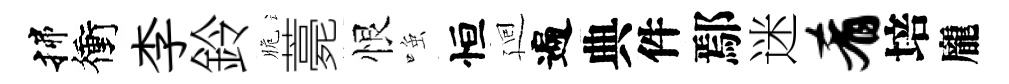
揲衝李鈴脆薧恨𫪻恒廻遍典件鄢迷肴培龐